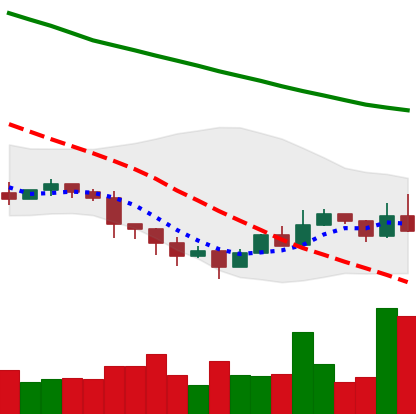
Ticker: ETC-USD
Chart end date: 2022-01-19
Forward return: -23.33%
Label: down_7plus